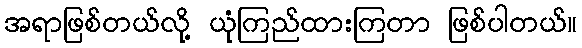
အရာဖြစ်တယ်လို့ ယုံကြည်ထားကြတာ ဖြစ်ပါတယ်။